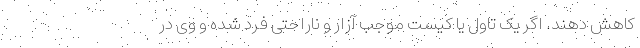
کاهش دهند. اگر یک تاول یا کیست موجب آزار و ناراحتی فرد شده و وی در